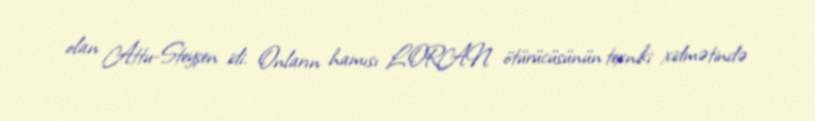
olan Attu-Steyşen idi. Onların hamısı LORAN ötürücüsünün texniki xidmətində